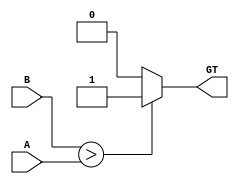
`timescale 1ns / 1ps

module CMP_GT(
    input [31:0] A, B,
    output reg GT
    );

always @ (A, B) begin
    if (B > A)
        GT = 1;
    else 
        GT = 0;
    end
endmodule